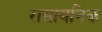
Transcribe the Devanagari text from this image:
रासायनिक